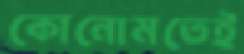
কোনোমতেই